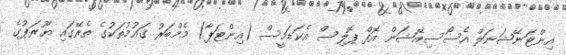
އިންޓަނޭޝަނަލް އެސޯސިއޭޝަން އޮފް ޕޮލިސް އެކަޑަމީސް (އިންޓަޕާ) މެމްބަރު ޤައުމުތަކުގެ ތެރޭގައި ޔޫރަޕުގެ